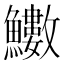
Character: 𩽋